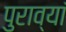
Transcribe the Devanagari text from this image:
पुराव्यां